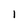
Character: l